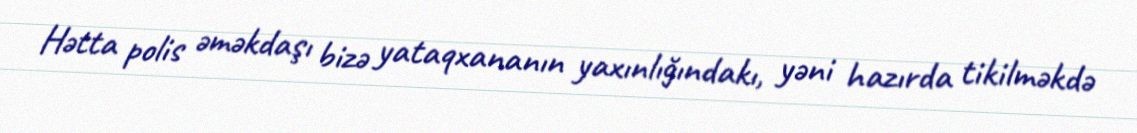
Hətta polis əməkdaşı bizə yataqxananın yaxınlığındakı, yəni hazırda tikilməkdə